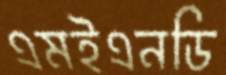
এমইএনডি